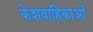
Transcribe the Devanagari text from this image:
केशवाहिकाओं